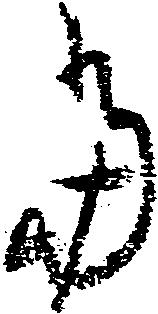
当